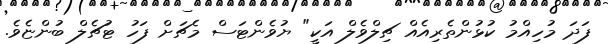
ފަދަ މުހިއްމު ކުޅުންތެރިއެއް ޗިލްވެލް އަކީ" ޔުވެންޓަސް މެޗަށް ފަހު ޓުޗެލް ބުންޏެވެ.